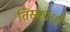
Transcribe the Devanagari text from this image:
तिस्कांची